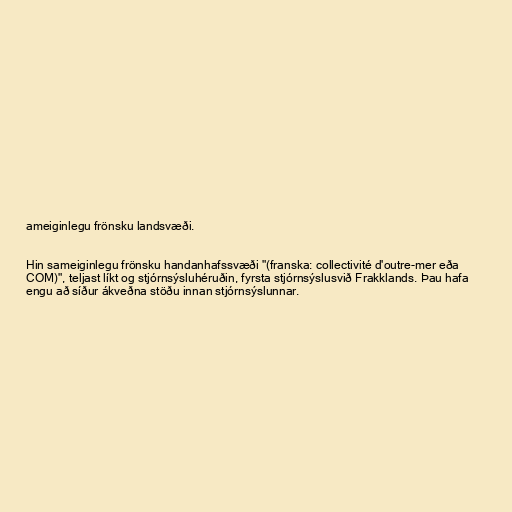
ameiginlegu frönsku landsvæði.

Hin sameiginlegu frönsku handanhafssvæði "(franska: collectivité d'outre-mer eða
COM)", teljast líkt og stjórnsýsluhéruðin, fyrsta stjórnsýslusvið Frakklands. Þau hafa
engu að síður ákveðna stöðu innan stjórnsýslunnar.